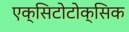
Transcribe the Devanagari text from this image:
एक्सिटोटोक्सिक